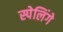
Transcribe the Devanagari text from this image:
स्पेलिंगे